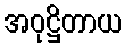
အဝုဋ္ဌိတာယ